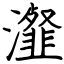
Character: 瀣